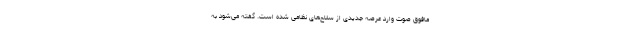
مافوق صوت وارد عرصه جدیدی از سلاح‌های نظامی شده است. گفته می‌شود به